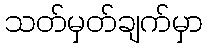
သတ်မှတ်ချက်မှာ